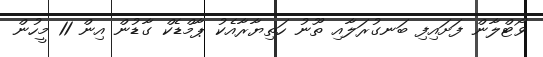
ވޯޓްލާން ފަށައިފި ބަނގުރަލާއި ތޫނު ހަތިޔާރާއެކު ޕާމްޑެކް ގާޑުން އިން 11 މީހުން